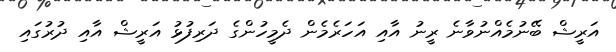
އަރީޝް ބޭނުމެއްނުވާނެ ރީނު އާއި އަހަރެމެން ދެމީހުންގެ ދަރިފުޅު އަރީޝް އާއި ދުރުގައި